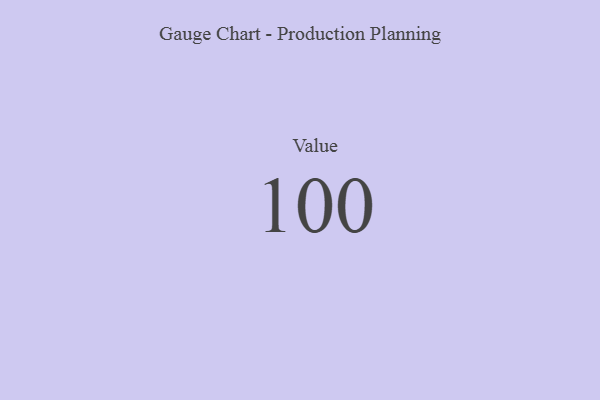
{"axis": {"x": "Metric", "y": "Value"}, "legend": [""], "data": [{"x": "Value", "y": 100, "type": ""}]}